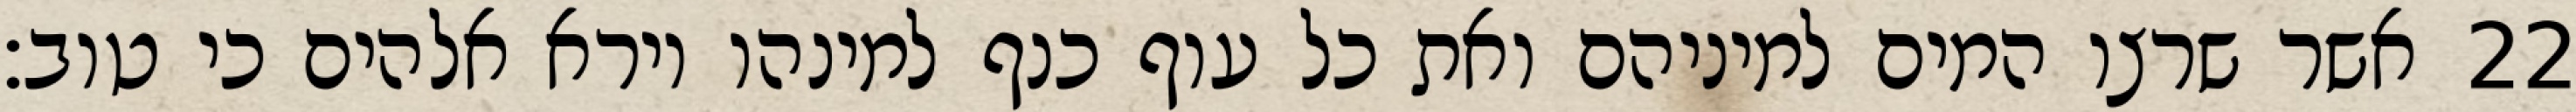
אשר שרצו המים למיניהם ואת כל עוף כנף למינהו וירא אלהים כי טוב׃ ‎22‏